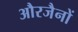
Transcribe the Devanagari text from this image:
औरजैनों